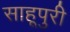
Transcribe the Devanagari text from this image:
साहूपुरी